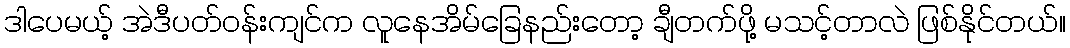
ဒါပေမယ့် အဲဒီပတ်ဝန်းကျင်က လူနေအိမ်ခြေနည်းတော့ ချီတက်ဖို့ မသင့်တာလဲ ဖြစ်နိုင်တယ်။